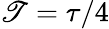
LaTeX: \mathscr{T}=\tau/4